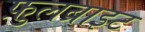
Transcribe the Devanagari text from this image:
फ़ुलब्राइट